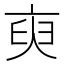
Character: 𬽑